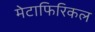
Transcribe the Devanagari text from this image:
मेटाफिरिकल